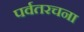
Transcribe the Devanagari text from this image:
पर्वतरचना